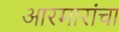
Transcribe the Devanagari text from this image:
आरमारांचा